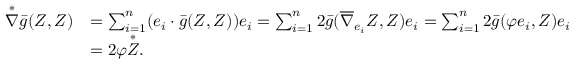
\begin{array} { r l } { \overset { * } { \nabla } \bar { g } ( Z , Z ) } & { = \sum _ { i = 1 } ^ { n } ( e _ { i } \cdot \bar { g } ( Z , Z ) ) e _ { i } = \sum _ { i = 1 } ^ { n } 2 \bar { g } ( \overline { { \nabla } } _ { e _ { i } } Z , Z ) e _ { i } = \sum _ { i = 1 } ^ { n } 2 \bar { g } ( \varphi e _ { i } , Z ) e _ { i } } \\ & { = 2 \varphi \overset { * } { Z } . } \end{array}